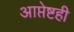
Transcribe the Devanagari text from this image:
आप्तेष्टही